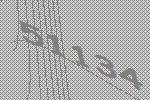
51134